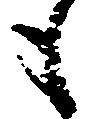
も